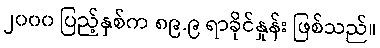
၂၀၀၀ ပြည့်နှစ်က ၈၉.၉ ရာခိုင်နှုန်း ဖြစ်သည်။